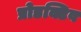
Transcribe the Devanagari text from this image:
प्रोडक्टिव